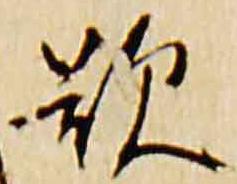
歎